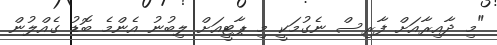
"މި ދާއިރާއަށް ފާރިސް ނެގުމަކީ މި ޕާޓީއަށް ލިބުނު އެންމެ ބޮޑު ގެއްލުން